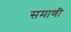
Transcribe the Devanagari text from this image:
समाणी